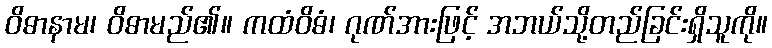
ဝိဓာနာမ၊ ဝိဓာမည်၏။ ကထံဝိဓံ၊ ဂုဏ်အားဖြင့် အဘယ်သို့တည်ခြင်းရှိသူကို။